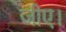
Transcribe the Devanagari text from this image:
जीए।